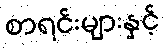
စာရင်းများနှင့်